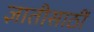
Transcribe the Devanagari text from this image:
ज्ञातीसाठीं